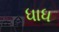
ધાધ